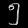
Digit: ၅